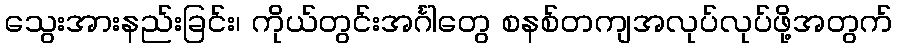
သွေးအားနည်းခြင်း၊ ကိုယ်တွင်းအင်္ဂါတွေ စနစ်တကျအလုပ်လုပ်ဖို့အတွက်